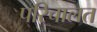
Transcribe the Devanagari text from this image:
परिचालत